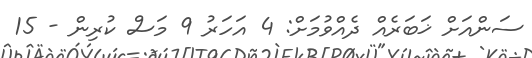
ސަންއަށް ޚަބަރެއް ދެއްވުމަށް: 4 އަހަރު 9 މަސް ކުރިން - 15